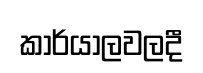
කාර්යාලවලදී